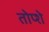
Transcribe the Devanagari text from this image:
तोप्शे